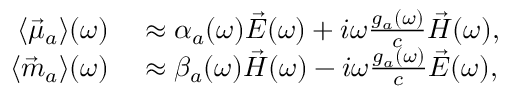
\begin{array} { r l } { \langle \vec { \mu } _ { a } \rangle ( \omega ) } & { { } \approx \alpha _ { a } ( \omega ) \vec { E } ( \omega ) + i \omega \frac { g _ { a } ( \omega ) } { c } \vec { H } ( \omega ) , } \\ { \langle \vec { m } _ { a } \rangle ( \omega ) } & { { } \approx \beta _ { a } ( \omega ) \vec { H } ( \omega ) - i \omega \frac { g _ { a } ( \omega ) } { c } \vec { E } ( \omega ) , } \end{array}